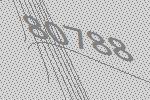
80788